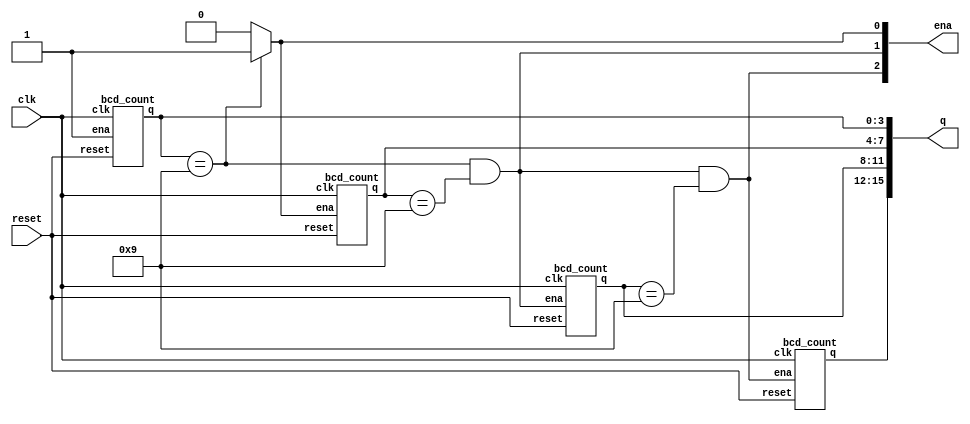
module top_module (
    input clk,
    input reset,   // Synchronous active-high reset
    output [3:1] ena,
    output [15:0] q);

    assign ena[1] = (q[3:0]==4'd9) ? 1 : 0,
           ena[2] = (q[3:0]==4'd9)&(q[7:4]==4'd9),
        ena[3] = (q[3:0]==4'd9)&(q[7:4]==4'd9)&(q[11:8]==4'd9);
    
    bcd_count inst1(clk, reset, 1'b1, q[3:0]);
    bcd_count inst2(clk, reset,ena[1], q[7:4]);
    bcd_count inst3(clk, reset,ena[2], q[11:8]);
    bcd_count inst4(clk, reset,ena[3], q[15:12]);
endmodule
//---------------------------
module bcd_count (
    input clk,
    input reset,        // Synchronous active-high reset
    input ena,
    output reg [3:0] q);

    always @(posedge clk) begin
        if(reset) q<=0;
        else if(ena)
            begin
               if(q==4'b1001) q<=0;
                else q<=q+1;
            end
    end
endmodule